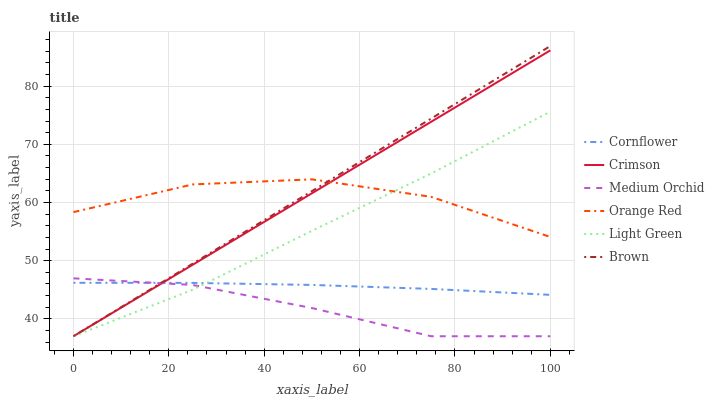
| xaxis_label | Cornflower | Crimson | Medium Orchid | Orange Red | Light Green | Brown |
 | --- | --- | --- | --- | --- | --- | --- |
 | 0 | 46.2 | 37 | 47 | 58.3 | 37 | 37 |
 | 25 | 46.2 | 49.3 | 45.8 | 63.1 | 45 | 49.5 |
 | 50 | 45.8 | 61.6 | 41.9 | 64 | 55.1 | 62 |
 | 75 | 45.1 | 73.9 | 37 | 61 | 65 | 74.4 |
 | 100 | 44.1 | 86.2 | 37 | 54.1 | 75.6 | 86.9 |